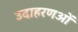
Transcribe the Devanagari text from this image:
उदाहरणओं